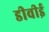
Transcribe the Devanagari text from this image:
डीवीई